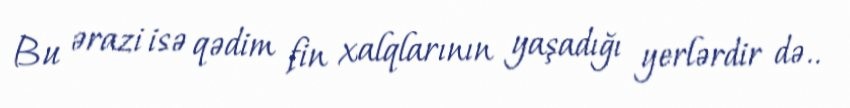
Bu ərazi isə qədim fin xalqlarının yaşadığı yerlərdir də..